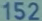
152